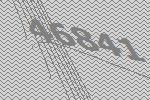
46841